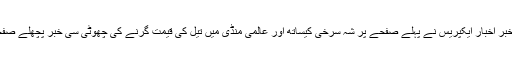
تیل مہنگا ہونے کی خبر اخبار ایکپریس نے پہلے صفحے پر شہ سرخی کیساتھ اور عالمی منڈی میں تیل کی قیمت گرنے کی چھوٹی سی خبر پچھلے صفحے پر شائع کی ہے۔